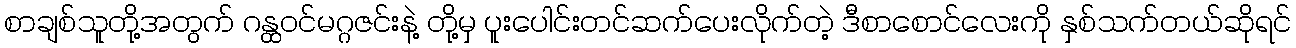
စာချစ်သူတို့အတွက် ဂန္ထဝင်မဂ္ဂဇင်းနဲ့ တို့မှ ပူးပေါင်းတင်ဆက်ပေးလိုက်တဲ့ ဒီစာစောင်လေးကို နှစ်သက်တယ်ဆိုရင်